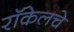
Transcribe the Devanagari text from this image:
रॉकेलचे